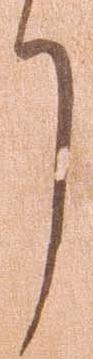
了